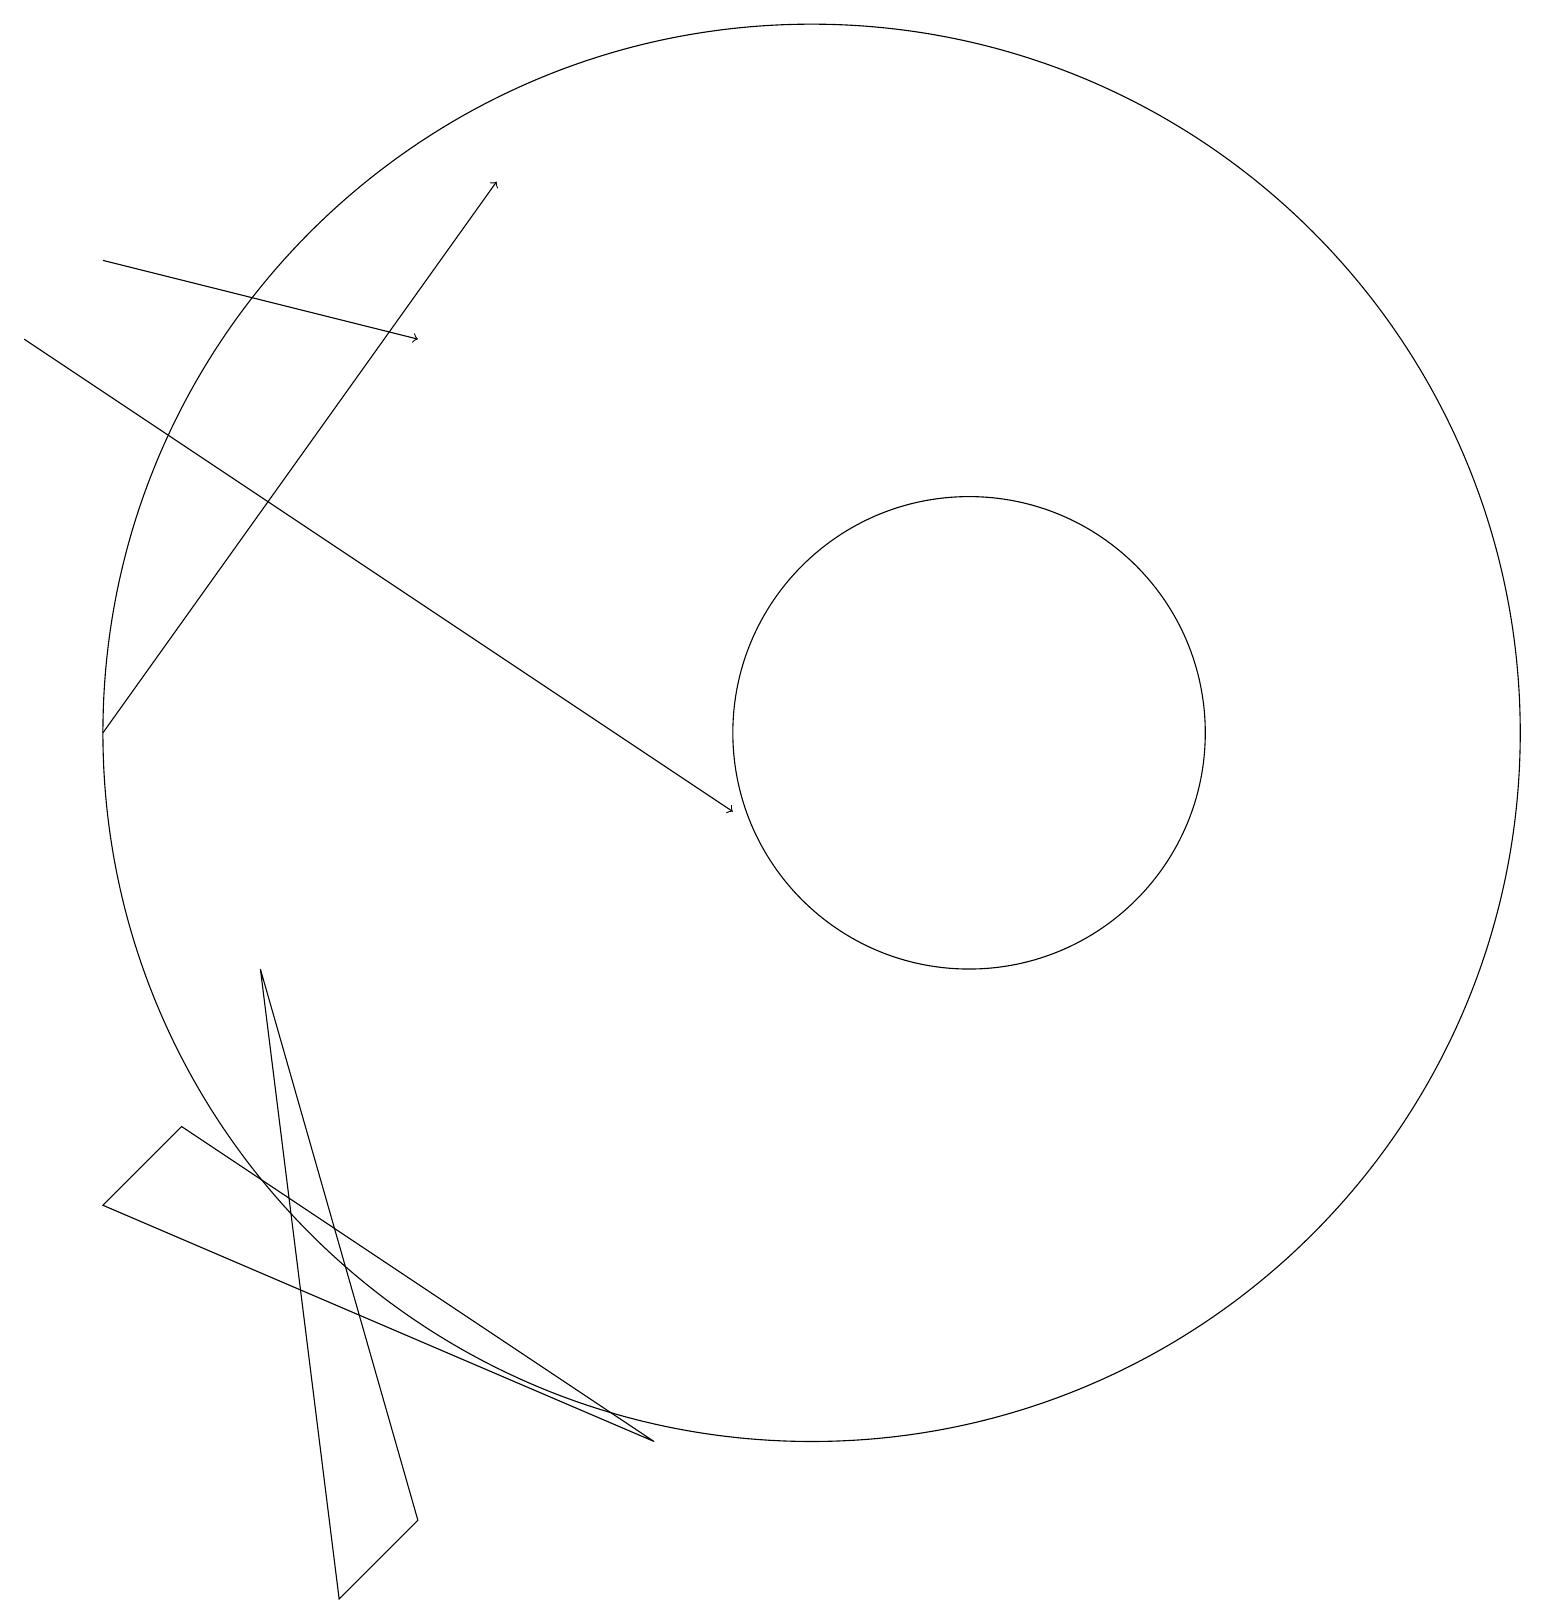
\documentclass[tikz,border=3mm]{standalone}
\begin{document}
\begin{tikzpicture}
\draw (12,11) circle (3);
\draw (3,8) -- (5,1) -- (4,0) -- cycle;
\draw (8,2) -- (2,6) -- (1,5) -- cycle;
\draw[->] (0,16) -- (9,10);
\draw[->] (1,11) -- (6,18);
\draw[->] (1,17) -- (5,16);
\draw (10,11) circle (9);
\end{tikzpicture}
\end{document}